Vaccination United Provinces of Agra and Oudh 1923-1928 - 1923-1928
Year: 1923
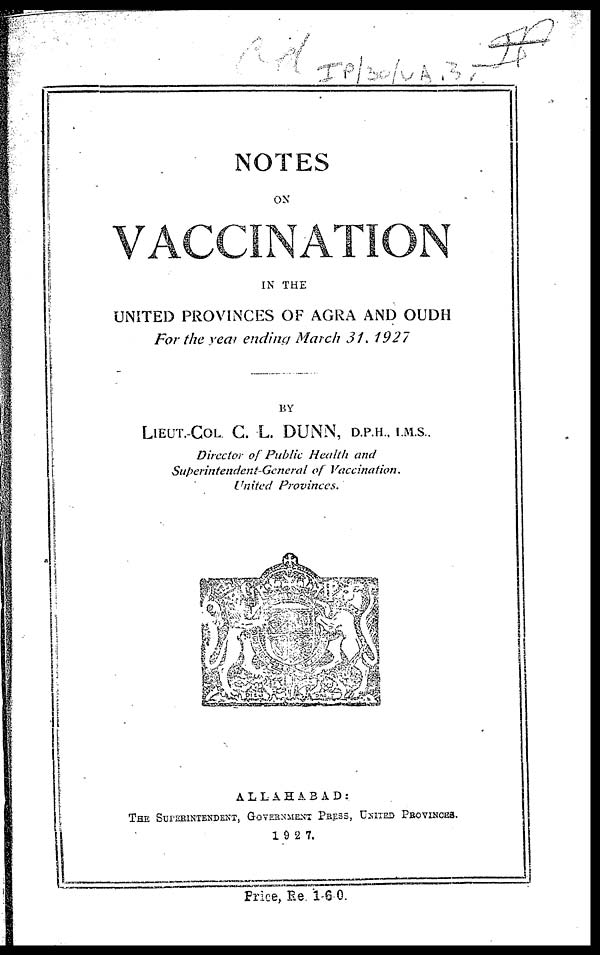
NOTES
ON
VACCINATION
IN THE
UNITED PROVINCES OF AGRA AND OUDH
For the year ending March 31, 1927
BY
LIEUT.-COL. C. L. DUNN, D.P.H., I.M.S.
Director of Public Health and
Superintendent-General
of Vaccination.
United
Provinces.
ALLAHABAD:
THE SUPERINTENDENT, GOVERNMENT PRESS, UNITED PROVINCES.
19 2 7.
Price, Re. 1-6-0.